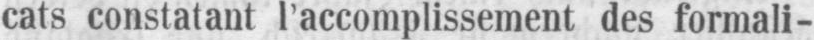
cats constatant l’accomplissement des formali-